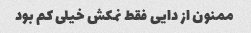
ممنون از دایی فقط نمکش خیلی کم بود